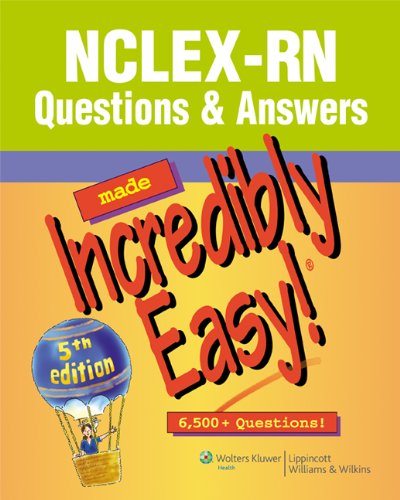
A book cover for NCLEX-RNÂ® Questions & Answers Made Incredibly Easy! (Incredibly Easy! SeriesÂ®); Lippincott; Medical Books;